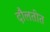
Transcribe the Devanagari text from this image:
दौलतीत